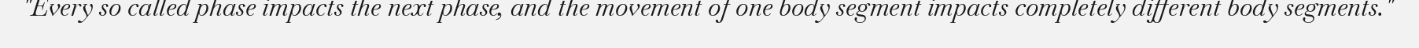
"Every so called phase impacts the next phase, and the movement of one body segment impacts completely different body segments."